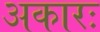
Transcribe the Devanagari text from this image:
अकारः